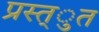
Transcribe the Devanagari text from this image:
प्रस्त्ुत